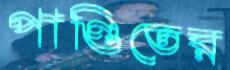
পাণ্ডিতের